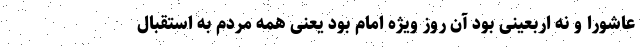
عاشورا و نه اربعینی بود آن روز ویژه امام بود یعنی همه مردم به استقبال